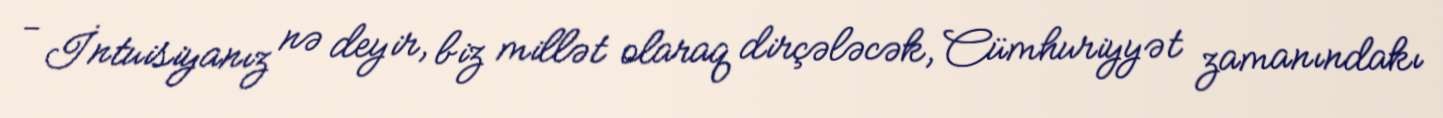
- İntuisiyanız nə deyir, biz millət olaraq dirçələcək, Cümhuriyyət zamanındakı